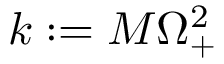
k : = M \Omega _ { + } ^ { 2 }